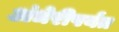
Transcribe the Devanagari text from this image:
अंधेरीपर्यंत